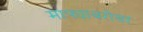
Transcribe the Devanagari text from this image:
माझ्याबरोबर